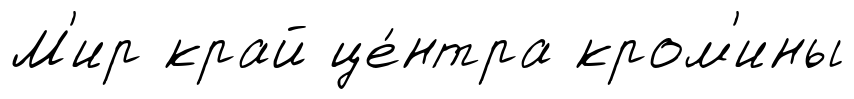
М'ир край це́нтра кром'ины